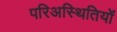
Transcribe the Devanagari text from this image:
परिअस्थितियों